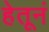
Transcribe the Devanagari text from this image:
हेतूनं